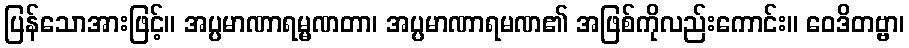
ပြန်သောအားဖြင့်။ အပ္ပမာဏာရမ္မဏတာ၊ အပ္ပမာဏာရမဏ၏ အဖြစ်ကိုလည်းကောင်း။ ဝေဒိတဗ္ဗာ၊